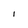
Character: 1